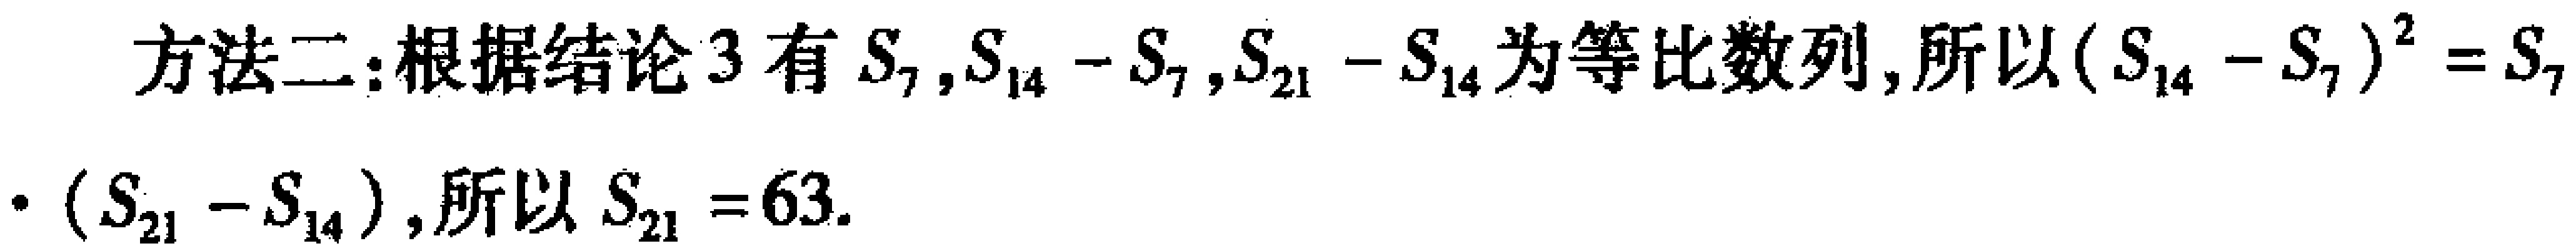
方法二：根据结论3有\(S_{7},S_{14} - S_{7},S_{21} - S_{14}\)为等比数列,所以\((S_{14} - S_{7})^{2}=S_{7}\cdot (S_{21} - S_{14})\),所以\(S_{21}=63\).